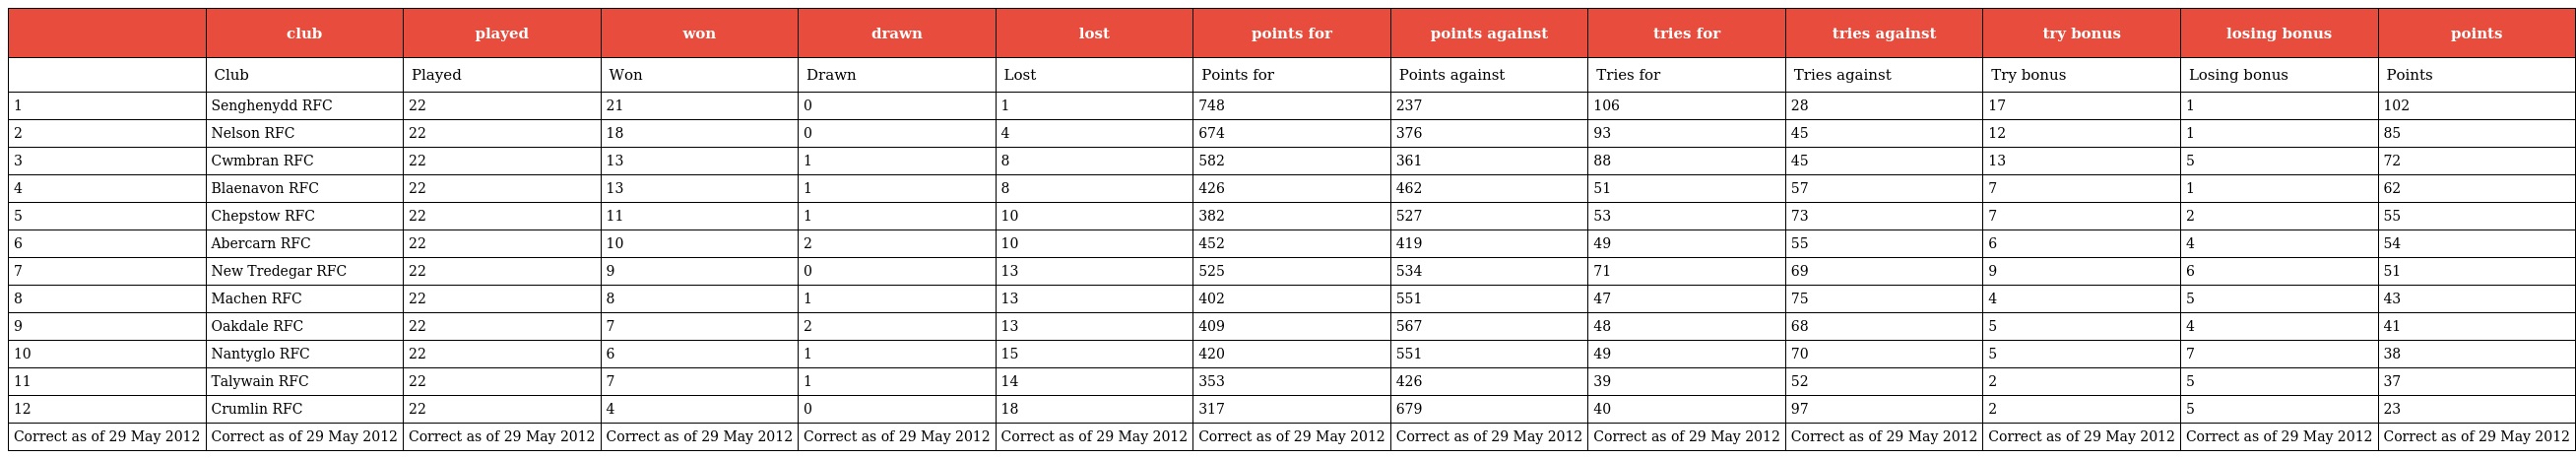
|  | club | played | won | drawn | lost | points for | points against | tries for | tries against | try bonus | losing bonus | points |
 | --- | --- | --- | --- | --- | --- | --- | --- | --- | --- | --- | --- | --- |
 |  | Club | Played | Won | Drawn | Lost | Points for | Points against | Tries for | Tries against | Try bonus | Losing bonus | Points |
 | 1 | Senghenydd RFC | 22 | 21 | 0 | 1 | 748 | 237 | 106 | 28 | 17 | 1 | 102 |
 | 2 | Nelson RFC | 22 | 18 | 0 | 4 | 674 | 376 | 93 | 45 | 12 | 1 | 85 |
 | 3 | Cwmbran RFC | 22 | 13 | 1 | 8 | 582 | 361 | 88 | 45 | 13 | 5 | 72 |
 | 4 | Blaenavon RFC | 22 | 13 | 1 | 8 | 426 | 462 | 51 | 57 | 7 | 1 | 62 |
 | 5 | Chepstow RFC | 22 | 11 | 1 | 10 | 382 | 527 | 53 | 73 | 7 | 2 | 55 |
 | 6 | Abercarn RFC | 22 | 10 | 2 | 10 | 452 | 419 | 49 | 55 | 6 | 4 | 54 |
 | 7 | New Tredegar RFC | 22 | 9 | 0 | 13 | 525 | 534 | 71 | 69 | 9 | 6 | 51 |
 | 8 | Machen RFC | 22 | 8 | 1 | 13 | 402 | 551 | 47 | 75 | 4 | 5 | 43 |
 | 9 | Oakdale RFC | 22 | 7 | 2 | 13 | 409 | 567 | 48 | 68 | 5 | 4 | 41 |
 | 10 | Nantyglo RFC | 22 | 6 | 1 | 15 | 420 | 551 | 49 | 70 | 5 | 7 | 38 |
 | 11 | Talywain RFC | 22 | 7 | 1 | 14 | 353 | 426 | 39 | 52 | 2 | 5 | 37 |
 | 12 | Crumlin RFC | 22 | 4 | 0 | 18 | 317 | 679 | 40 | 97 | 2 | 5 | 23 |
 | Correct as of 29 May 2012 | Correct as of 29 May 2012 | Correct as of 29 May 2012 | Correct as of 29 May 2012 | Correct as of 29 May 2012 | Correct as of 29 May 2012 | Correct as of 29 May 2012 | Correct as of 29 May 2012 | Correct as of 29 May 2012 | Correct as of 29 May 2012 | Correct as of 29 May 2012 | Correct as of 29 May 2012 | Correct as of 29 May 2012 |